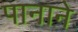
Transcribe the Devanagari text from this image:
पानाने